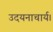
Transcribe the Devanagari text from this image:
उदयनाचार्य।